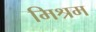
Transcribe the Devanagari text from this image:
मिश्रम